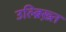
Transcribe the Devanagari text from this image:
उल्ब्रिख़्त